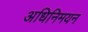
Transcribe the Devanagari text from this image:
अधिनिमयन